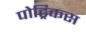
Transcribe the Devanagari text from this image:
पोट्रिकस